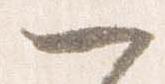
一